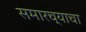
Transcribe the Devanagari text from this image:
समारच्याचा